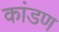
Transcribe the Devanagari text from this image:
कांडण